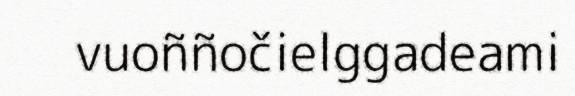
vuoññočielggadeami